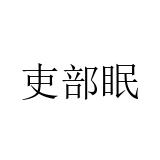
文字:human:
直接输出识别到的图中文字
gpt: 吏部眠